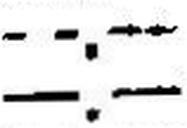
—.—